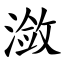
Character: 潋